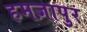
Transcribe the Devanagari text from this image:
हमज़ापुर